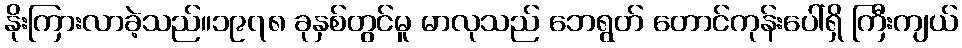
နိုးကြားလာခဲ့သည်။၁၉၇၈ ခုနှစ်တွင်မူ မာလုသည် ဘေရွတ် တောင်ကုန်းပေါ်ရှိ ကြီးကျယ်